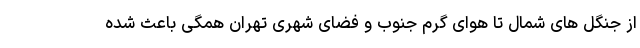
از جنگل های شمال تا هوای گرم جنوب و فضای شهری تهران همگی باعث شده